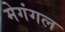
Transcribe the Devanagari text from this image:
मेगंगल